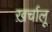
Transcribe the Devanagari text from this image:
ख़र्चालू